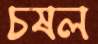
চষল